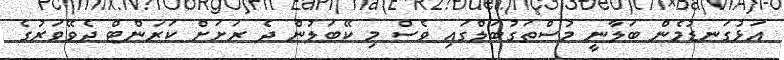
އަޅުގަނޑުމެން ބަލާނީ މުސްތަގުބަލްގައި ވެސް މި ކޭބަލުން ދެ ރަށަށް ކަރަންޓް ދެވޭވަރުގެ